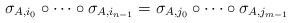
\begin{align*} \sigma_{A,i_{0}} \circ \cdots \circ \sigma_{A,i_{n-1}} = \sigma_{A,j_{0}} \circ \cdots \circ \sigma_{A,j_{m-1}}\end{align*}